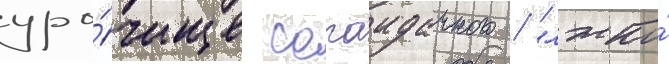
уро́чище сагаидачного / "лжко́